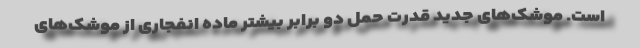
است. موشک‌های جدید قدرت حمل دو برابر بیشتر ماده انفجاری از موشک‌های